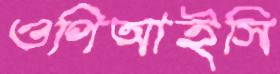
ওপিআইসি